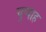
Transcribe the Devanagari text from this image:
चुप्पाह